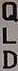
QLD